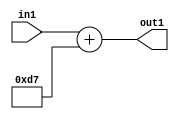
`timescale 1ps / 1ps
/*****************************************************************************
    Verilog RTL Description
    
    
    Created by: Stratus DpOpt 2019.1.01 
*******************************************************************************/

module DC_Filter_Add_12U_38_4 (
	in1,
	out1
	); /* architecture "behavioural" */ 
input [11:0] in1;
output [11:0] out1;
wire [11:0] asc001;

assign asc001 = 
	+(in1)
	+(12'B000011010111);

assign out1 = asc001;
endmodule

/* CADENCE  urn2Sww= : u9/ySgnWtBlWxVPRXgAZ4Og= ** DO NOT EDIT THIS LINE ******/